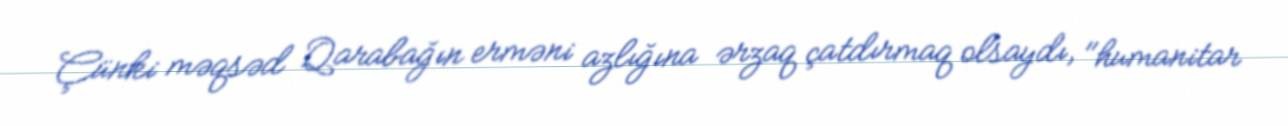
Çünki məqsəd Qarabağın erməni azlığına ərzaq çatdırmaq olsaydı, "humanitar